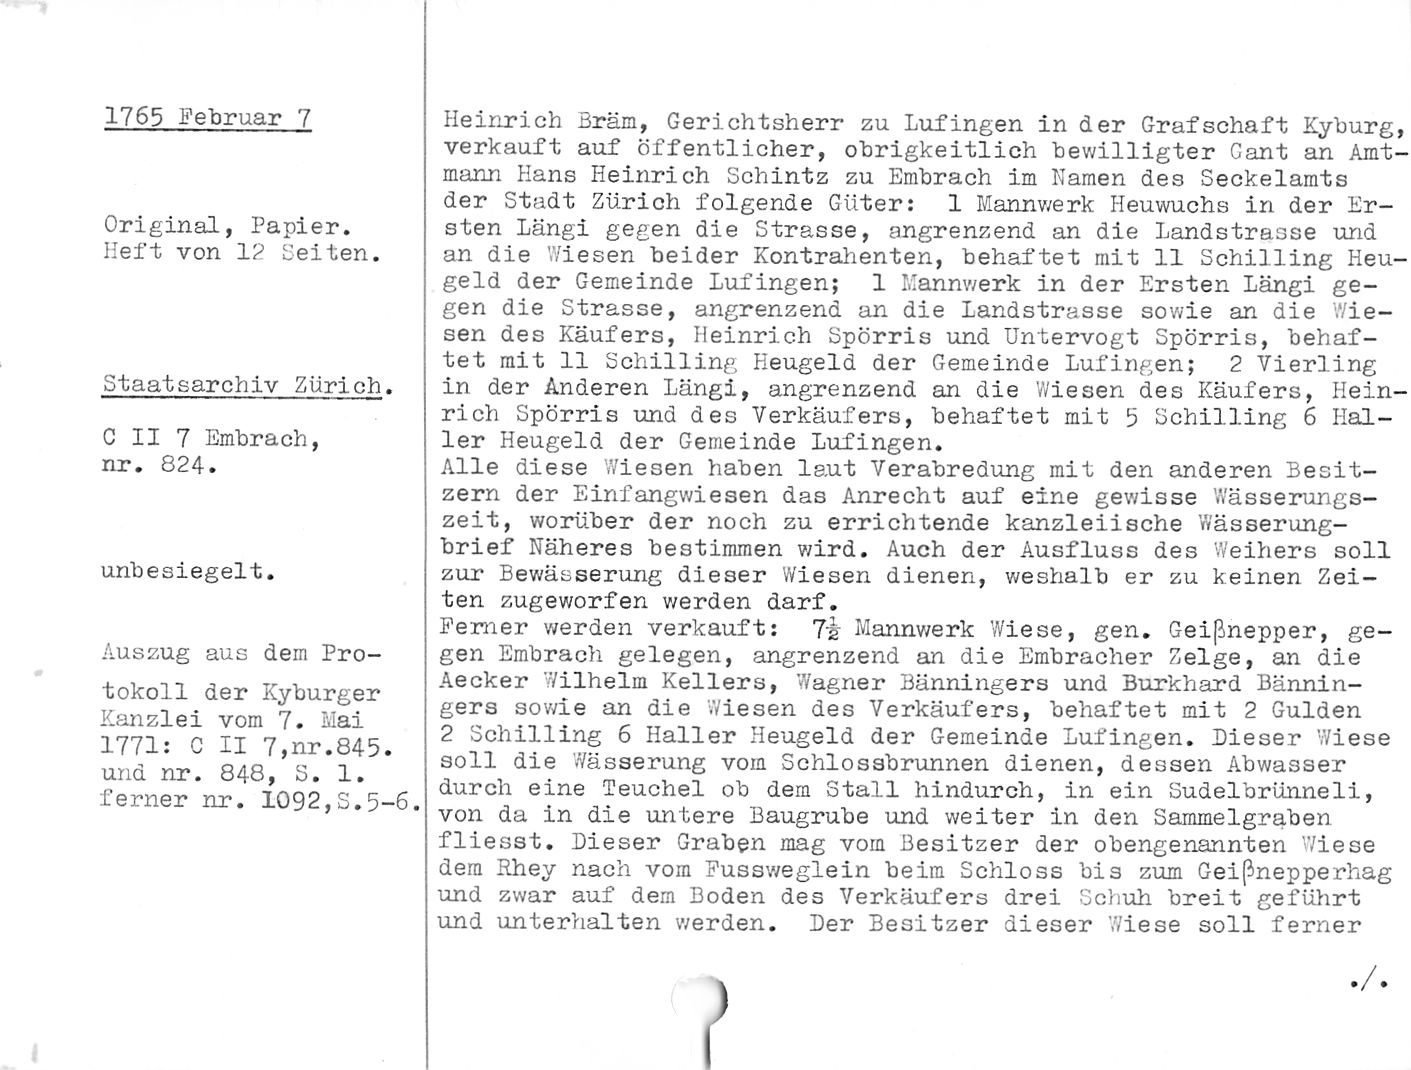
1765 Februar 7

Original, Papier.
Heft von 12 Seiten.

Staatsarchiv Zürich.

C II 7 Embrach,
nr. 824.

unbesiegelt.

Auszug aus dein Pro¬
tokoll der Kyburger
Kanzlei vom 7. Mai
1771: C II 7,nr.845.
und nr. 646, S. 1.
ferner nr. 1092,S.5-6.

Heinrich Bräm, Gerichtsherr zu Lufingen in der Grafschaft Kyburg,
verkauft auf öffentlicher, obrigkeitlich bewilligter Cant an Amt¬
mann Hans Heinrich Schintz zu Embrach im Kamen des Seckeiamts
der Stadt Zürich folgende Güter: 1 Mannwerk Heuwuchs in der Er¬

sten Längi gegen die Strasse, angrenzend an die Landstrasse und
an die '.Viesen beider Kontrahenten, behaftet mit 11 Schilling Heu¬
geld der Gemeinde Lufingen; 1 Mannwerk in der Ersten Längi ge¬
gen die Strasse, angrenzend an die Landstrasse sowie an die Wie¬
sen des Käufers, Heinrich Spörris und Untervogt Spörris, behaf¬
tet mit 11 Schilling Heugeld der Gemeinde Lufingen; 2 Vierling
in der Anderen Längi, angrenzend an die Wiesen des Käufers, Hein¬
rich Spörris und des Verkäufers, behaftet mit 5 Schilling 6 Hal¬
ler Heugeld der Gemeinde Lufingen.

Alle diese Wiesen haben laut Verabredung mit den anderen Besit¬
zern der Einfangwiesen das Anrecht auf eine gewisse Wässerungs¬
zeit, worüber der noch zu errichtende kanzleiische Wässerung¬
brief Näheres bestimmen wird. Auch der Ausfluss des Weihers soll
zur Bewässerung dieser Wiesen dienen, weshalb er zu keinen Zei¬
ten zugeworfen werden darf.

Ferner werden verkauft: 7 h Mannwerk Wiese, gen. Geistnepper, ge¬

gen Embrach gelegen, angrenzend an die Embracher Zeige, an die
Aecker Wilhelm Kellers, Wagner Bänningers und Burkhard Bännin-
gers sowie an die Wiesen des Verkäufers, behaftet mit 2 Gulden
2 Schilling 6 Haller Heugeld der Gemeinde Lufingen. Dieser Wiese
soll die Wässerung vom Schlossbrunnen dienen, dessen Abwasser
durch eine Teuchel ob dem Stall hindurch, in ein Sudelbrünneli,
von da in die untere Baugrube und weiter in den Sammelgraben
fliesst. Dieser Graben mag vom Besitzer der obengenannten Wiese
dem Rhey nach vom Fussweglein beim Schloss bis zum Geißnepperhag
und zwar auf dem Boden des Verkäufers drei Schuh breit geführt
und unterhalten werden. Der Besitzer dieser Wiese soll ferner